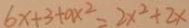
6 x + 3 + a x ^ { 2 } = 2 x ^ { 2 } + 2 x